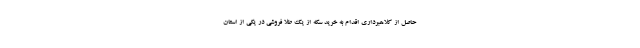
حاصل از کلاهبرداری اقدام به خرید سکه از یک طلا فروشی در یکی از استان